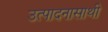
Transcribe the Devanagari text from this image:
उत्पादनासाथी